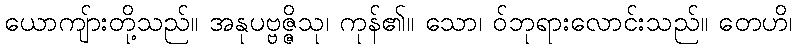
ယောကျ်ားတို့သည်။ အနုပဗ္ဗဇ္ဇိသု၊ ကုန်၏။ သော၊ ဝ်ဘုရားလောင်းသည်။ တေဟိ၊